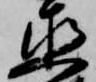
直